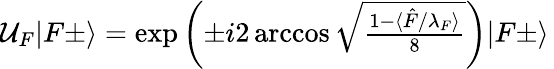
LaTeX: \begin{array}{r}{\mathcal{U}_{F}|F\pm\rangle=\exp\left(\pm i2\operatorname{arccos}\sqrt{\frac{1-\langle\hat{F}/\lambda_{F}\rangle}{8}}\right)|F{\pm}\rangle\, }\end{array}